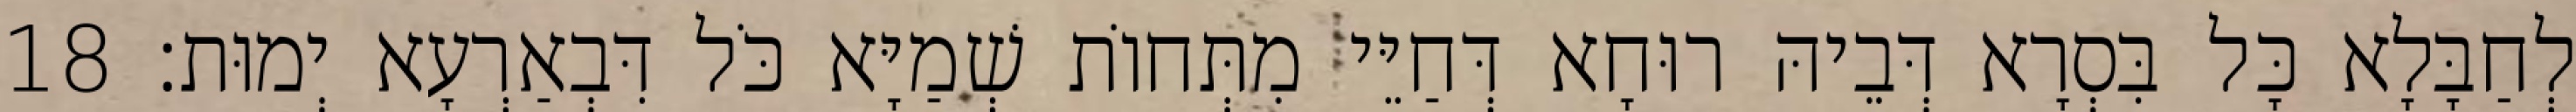
לְחַבָּלָא כָּל בִּסְרָא דְּבֵיהּ רוּחָא דְּחַיֵּי מִתְּחוֹת שְׁמַיָּא כֹּל דִּבְאַרְעָא יְמוּת׃ 18